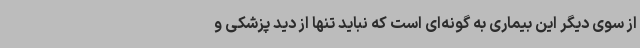
از سوی دیگر این بیماری به گونه‌ای است که نباید تنها از دید پزشکی و